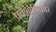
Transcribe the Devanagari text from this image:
प्रवेशाधिकार